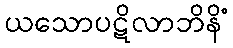
ယသောပဋိလာဘိနိံ